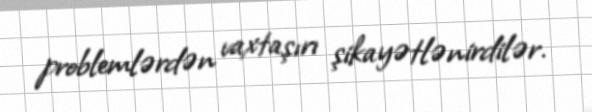
problemlərdən vaxtaşırı şikayətlənirdilər.